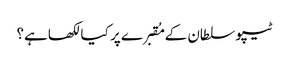
ٹیپو سلطان کے مُقبرے پر کیا لکھاہے؟